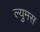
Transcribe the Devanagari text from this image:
ल्युमस